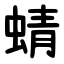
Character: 蜻